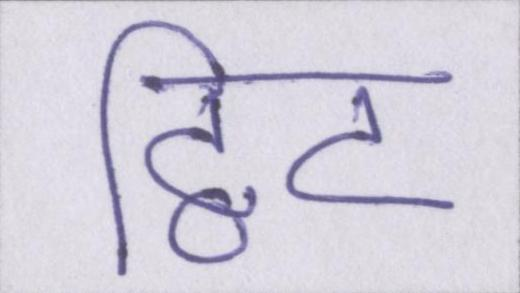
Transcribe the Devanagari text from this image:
ट्विट